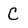
Character: C